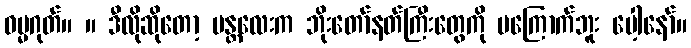
ဓမ္မဂုတ်။ ။ ဒီလိုဆိုတော့ မန္တလေးက ဘိုးတော်နတ်ကြီးတွေကို မကြောက်ဘူး ပေါ့နော်။